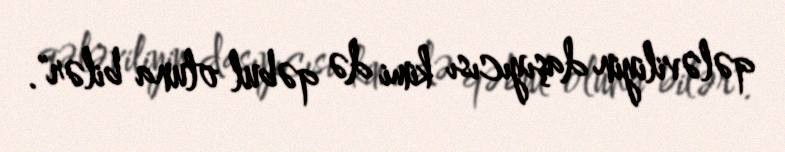
qələviliyin daşıyıcısı kimi də qəbul oluna bilər".